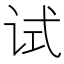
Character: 试